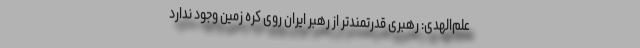
علم‌الهدی: رهبری قدرتمندتر از رهبر ایران روی کره زمین وجود ندارد